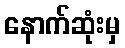
နောက်ဆုံးမှ